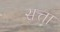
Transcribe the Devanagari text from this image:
सत्ता